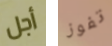
أجل تفوز